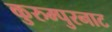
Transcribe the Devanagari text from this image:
कुरुम्पुरनाट